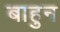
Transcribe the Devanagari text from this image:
बाहुन